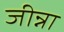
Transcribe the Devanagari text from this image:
जीन्ना